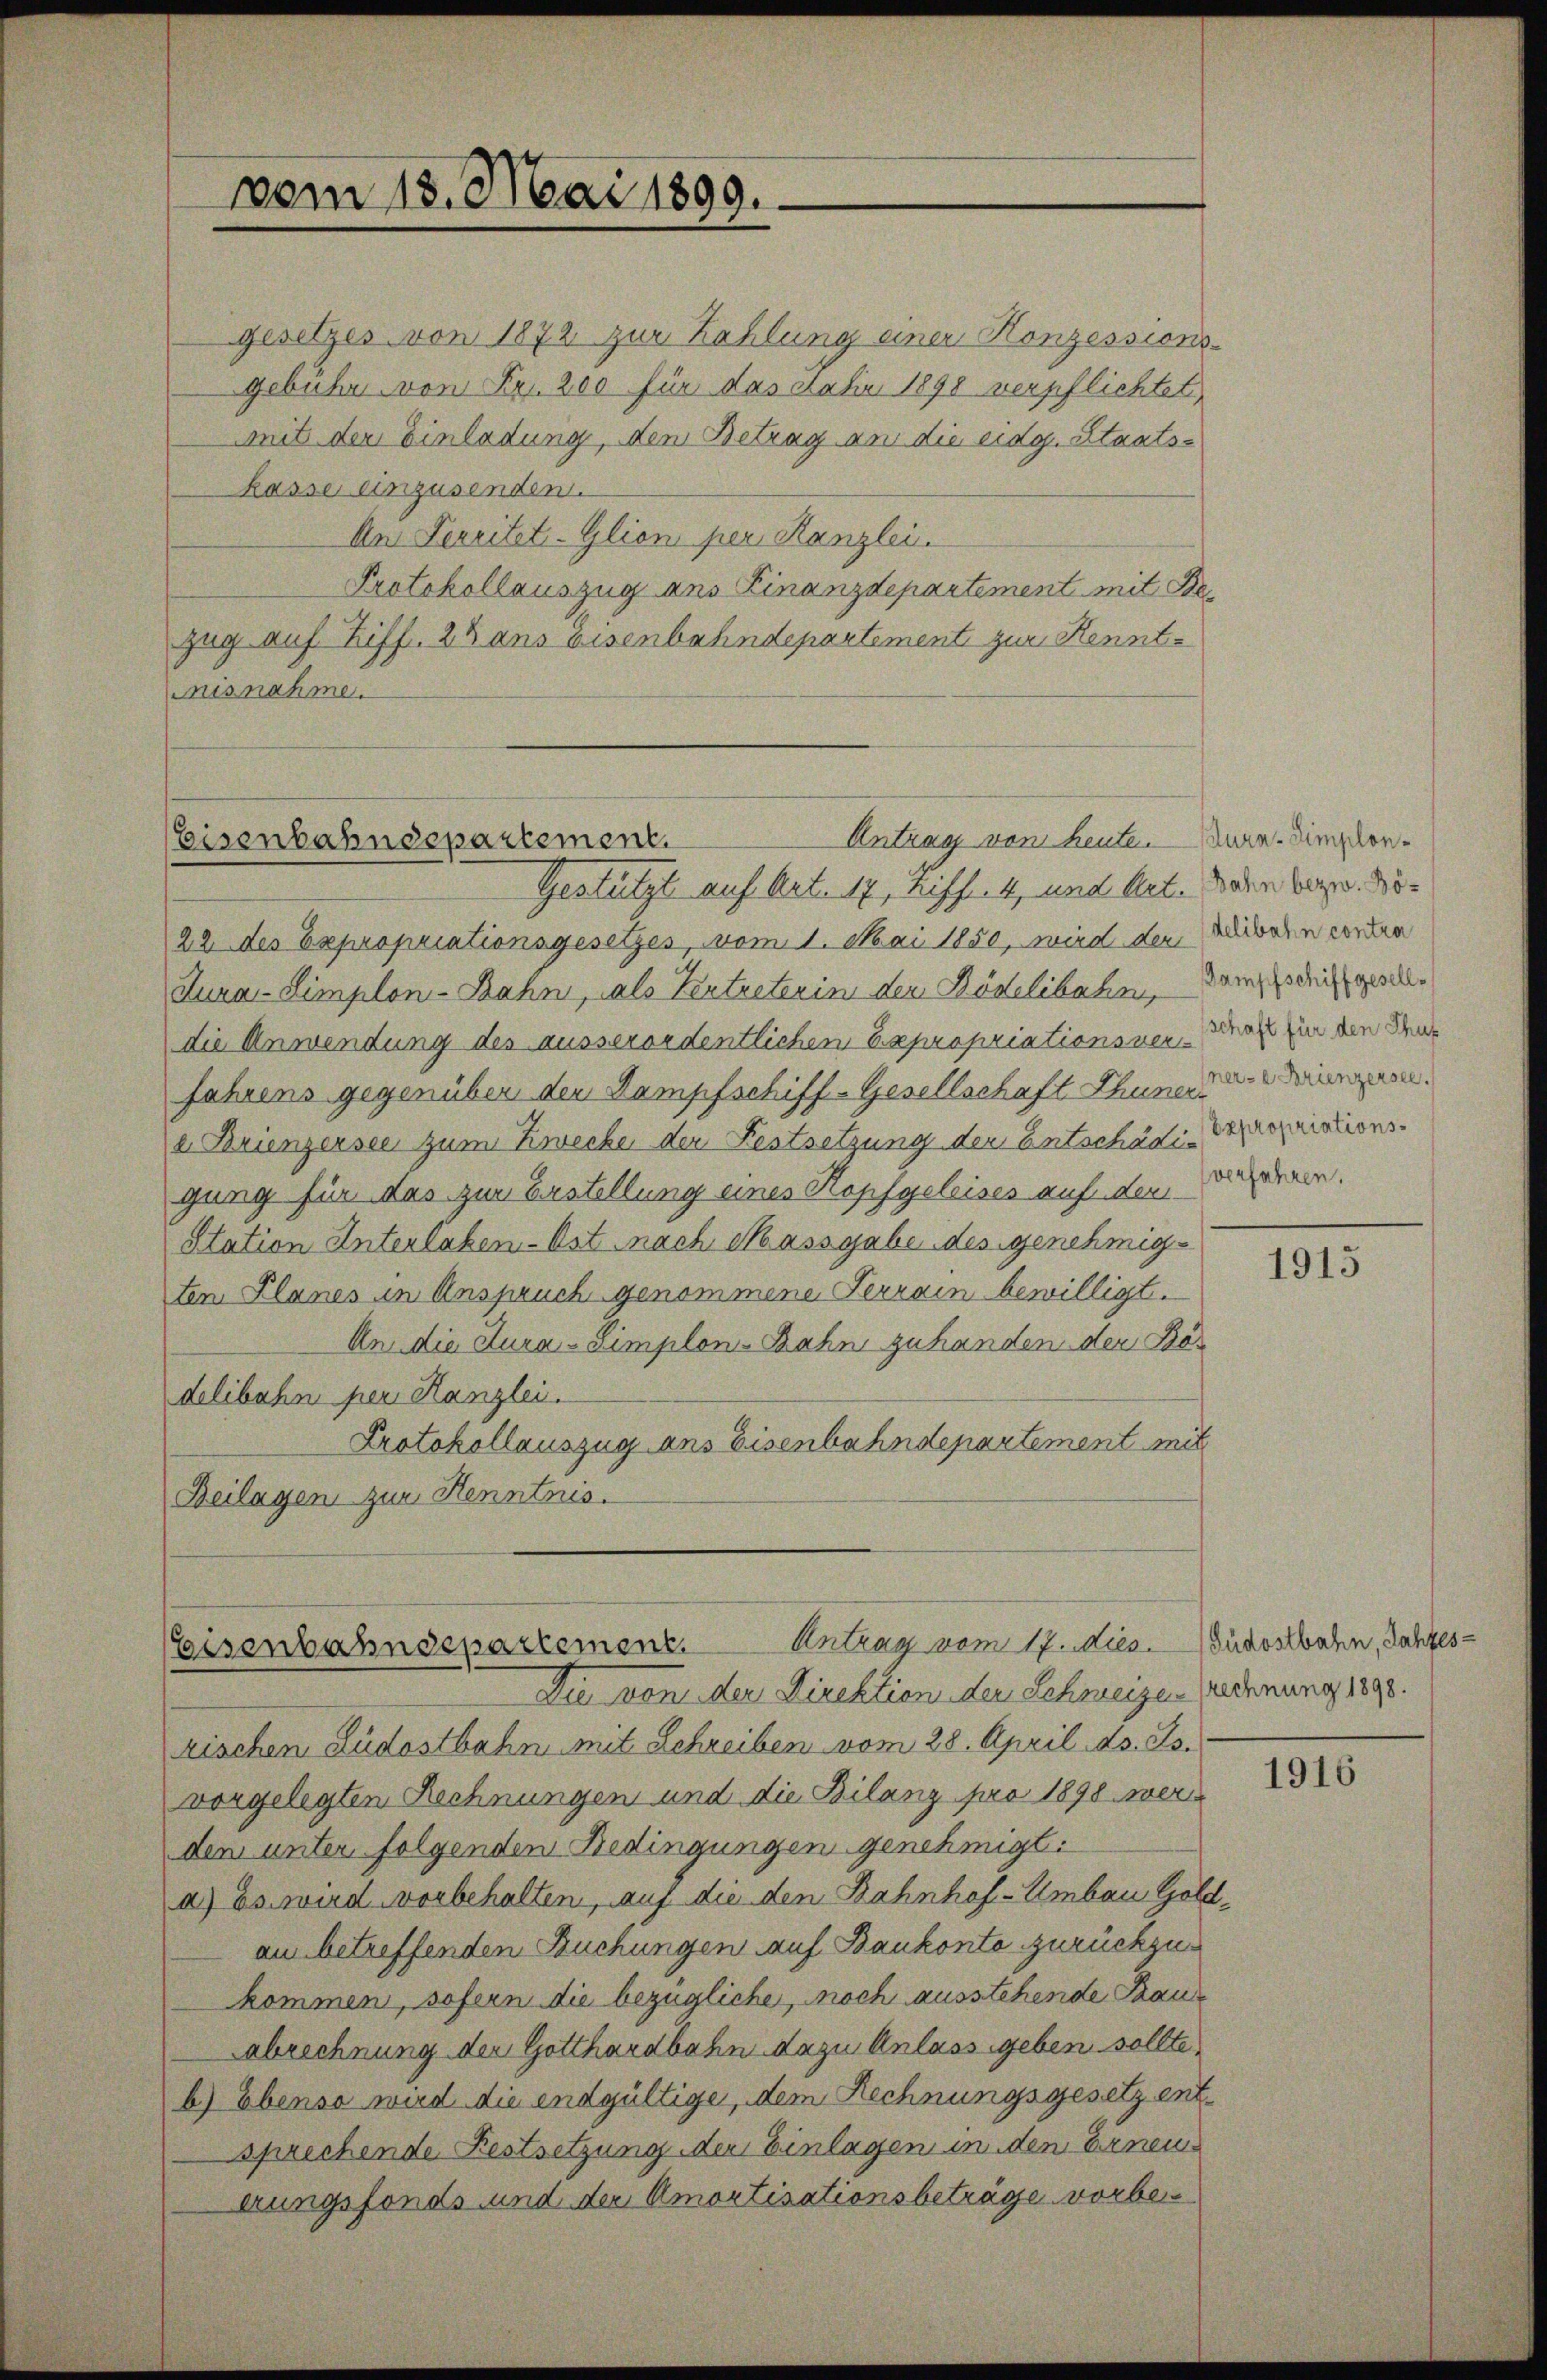
vom 13. Mai 1899.

gesetzes von 1872 zur Zahlung einer Konzessions-
gebühr von Fr. 200 für das dahin 1898 verpflichtet
mit der Einladung, den Betrag an die eidg. Staatskasse einzusenden.
An Territet-Glioni per Kanzlei.
Protokollauszug aus Linanzdepartement mit Bezug auf Ziff. 2 dans Eisenbahndepartement zur Kenntnisnahme.

Antrag von heute. Kura-Simplon¬
Eisenbahndepartement.

Gestützt auf Art. 17, hiff. 4, und Act. Dann bezw. Bo¬
22 des Expropriationsgesetzes, vom 1. Mai 1850, wird den Schweren contra
dura-Simplon-Bahn, als Vertreterin den Rödelibachen, dampserich geselldie Anwendung des ausserordentlichen Expropriationsner-Graf fin den Stade
fahrens gegenüber der Dampfschiff-Gesellschaft Thun und derenzen.
e Brienzersee zum Zwecke der Festsetzung der Entschädi-Dopropriationsgung für das zur Erstellung eines Kopfgeleises auf den gernen.
Station Unterlaken-Ost nach Massgabe des genehmigten Planes in Anspruch genommene Ferrain bewilligt.
An die Kura-Simplon-Bahn zuhanden der Bös
delibahn per Kanzlei.
Protokollauszug ans Eisenbahndepartement mit
Beilagen zur Kenntnis.

Antrag vom 17. Mies. — Südostbahn, Jahres¬
Eisenbahndepartement.

Die von der Direktion der Schweizen rechnung 1890.
rischen Südostbahn mit Schreiben vom 28. April ds. Js.
vorgelegten Rechnungen und die Bilanz pro 1898 werdem unter folgenden Bedingungen genehmigt.
a.) Es wird vorbehalten, auf die den Bahnhof-Umbau Goldam betreffenden Suchungen auf Bankonte zurückzu
kommen, sofern die bezügliche, noch ausstehende Trauabrechnung der Gotthardbahn dazu Anlass geben sollte
b) Ebenso wird die endgültige, dem Rechnungsgesetz entsprechende Festsetzung der Einlagen in den Erneuerungsfonds und der Amortisationsbeträge vorbe¬

1915

1916